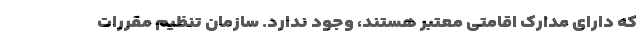
که دارای مدارک اقامتی معتبر هستند، وجود ندارد. سازمان تنظیم مقررات